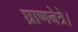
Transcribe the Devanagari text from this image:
घ्राणनेत्रे।